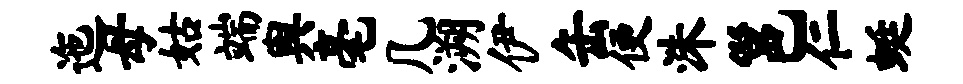
迤母姑端舆毫几溯伊缶便洙邕仁蜓